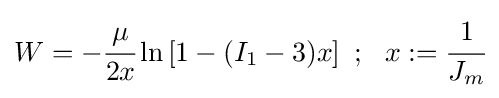
W=-{\cfrac {\mu }{2x}}\ln \left[1-(I_{1}-3)x\right]~;~~x:={\cfrac {1}{J_{m}}}